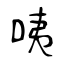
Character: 咦